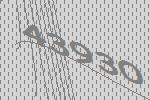
43930